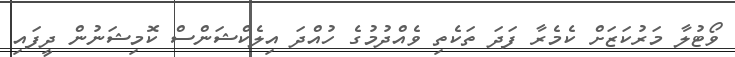
ވޯޓުލާ މަރުކަޒަށް ކެމެރާ ފަދަ ތަކެތި ވެއްދުމުގެ ހުއްދަ އިލެކްޝަންސް ކޮމިޝަނުން ދީފައި